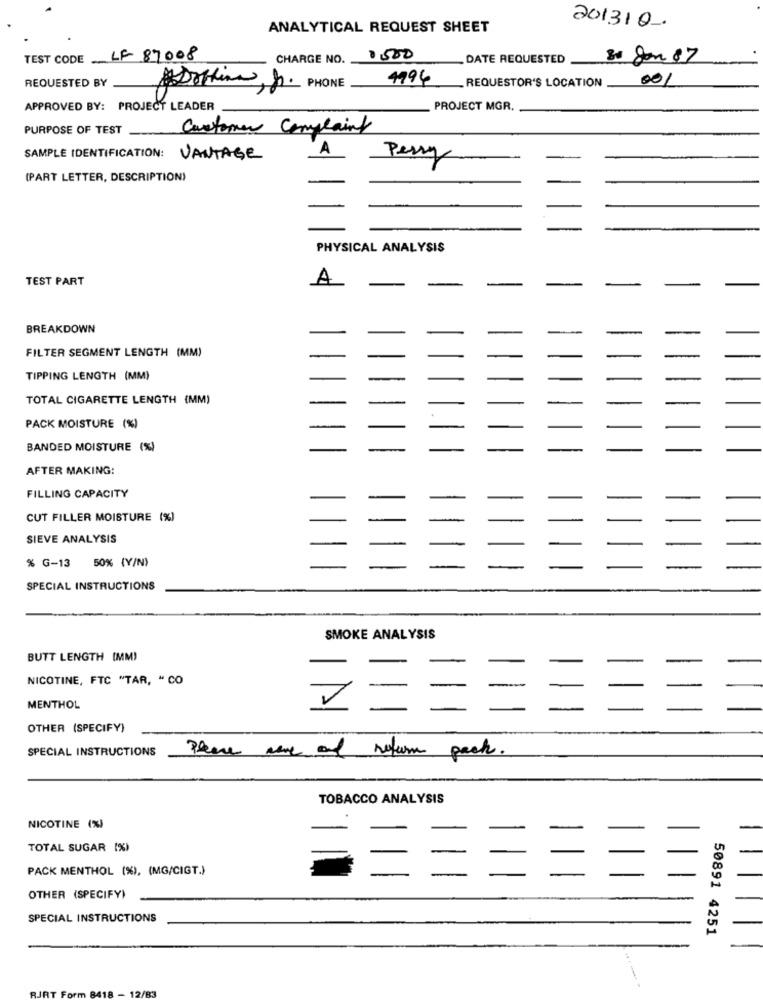
ANALYTICAL REQUEST SHEET
201310.
TEST CODE LF 87008
CHARGE NO.
0500
_ DATE REQUESTED
85 Jon 87
REQUESTED BY
1996
001
Dolina, fr. PHONE
_REQUESTOR'S LOCATION
APPROVED BY: PROJECT LEADER
PROJECT MGR.
PURPOSE OF TEST
Customer Complaints
SAMPLE IDENTIFICATION: VANTAGE
Perry
(PART LETTER, DESCRIPTION)
PHYSICAL ANALYSIS
TEST PART
A
BREAKDOWN
FILTER SEGMENT LENGTH (MM)
TIPPING LENGTH (MM)
TOTAL CIGARETTE LENGTH (MM)
PACK MOISTURE (%)
BANDED MOISTURE (%)
AFTER MAKING:
FILLING CAPACITY
CUT FILLER MOISTURE (%)
SIEVE ANALYSIS
% G-13 50% (Y/N)
SPECIAL INSTRUCTIONS
SMOKE ANALYSIS
BUTT LENGTH (MM)
NICOTINE, FTC "TAR, " CO
MENTHOL
OTHER (SPECIFY)
SPECIAL INSTRUCTIONS
Please ane of return pack.
TOBACCO ANALYSIS
NICOTINE (%)
TOTAL SUGAR (%)
PACK MENTHOL (%), (MG/CIGT.)
OTHER (SPECIFY)
SPECIAL INSTRUCTIONS
50891 4251
418-
12/83
orm